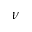
\nu